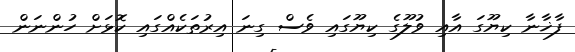
ފާޚާނާ ކިޔޫގަ އާއި ވުލޫގެ ކިޔޫގައި ވެސް ގިނަ އިރުތަކެއްގައި ކޮޅަށް ހުންނަން